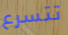
تتسرع